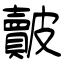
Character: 皾